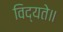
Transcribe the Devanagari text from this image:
विद्यते॥